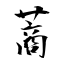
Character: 蔏